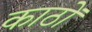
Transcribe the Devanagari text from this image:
काठों